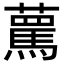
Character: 𧁦